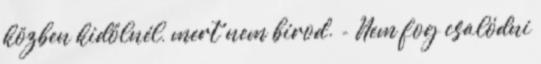
közben kidőlnél, mert nem bírod. - Nem fog csalódni